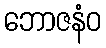
ဘောဇနံဝ